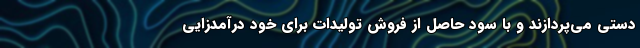
دستی می‌پردازند و با سود حاصل از فروش تولیدات برای خود درآمدزایی